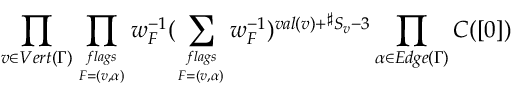
\prod _ { v \in V e r t ( \Gamma ) } \prod _ { { f l a g s } \atop { F = ( v , \alpha ) } } w _ { F } ^ { - 1 } ( \sum _ { { f l a g s } \atop { F = ( v , \alpha ) } } w _ { F } ^ { - 1 } ) ^ { v a l ( v ) + { } ^ { \sharp } S _ { v } - 3 } \prod _ { \alpha \in E d g e ( \Gamma ) } C ( [ 0 ] )